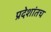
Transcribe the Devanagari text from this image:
प्रदेशांतच